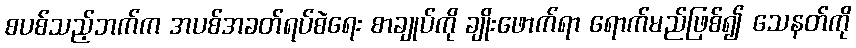
စပစ်သည့်ဘက်က အပစ်အခတ်ရပ်စဲရေး စာချုပ်ကို ချိုးဖောက်ရာ ရောက်မည်ဖြစ်၍ သေနတ်ကို